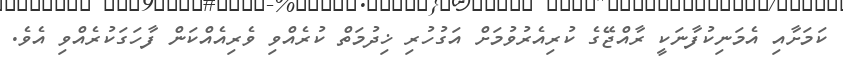
ކަމަށާއި އެމަނިކުފާނަކީ ރާއްޖޭގެ ކުރިއެރުވުމަށް އަގުހުރި ޚިދުމަތް ކުރެއްވި ވެރިއެއްކަން ފާހަގަކުރެއްވި އެވެ.